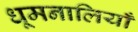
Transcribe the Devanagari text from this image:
धूमनालियाँ